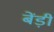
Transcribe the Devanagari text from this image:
बेंड़ी